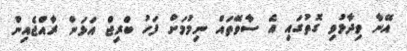
އޭނާ ވިދާޅުވި ގޮތުގައި އެ ސާވޭތައް ނިމުމަށް ފަހު ބްރިޖް އަޅަން ރާއްޖެއިން